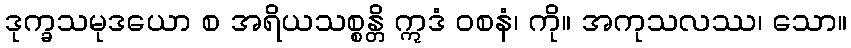
ဒုက္ခသမုဒယော စ အရိယသစ္စန္တိ ဣဒံ ဝစနံ၊ ကို။ အကုသလဿ၊ သော။